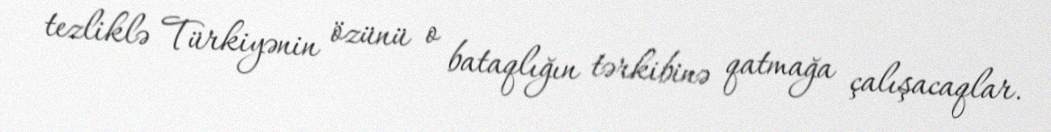
tezliklə Türkiyənin özünü o bataqlığın tərkibinə qatmağa çalışacaqlar.